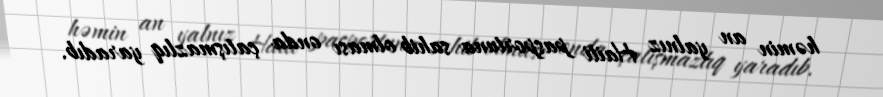
həmin an yalnız Haiti pasportuna sahib olması onda çatışmazlıq yaradıb.